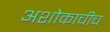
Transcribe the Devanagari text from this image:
अशोकाचीच